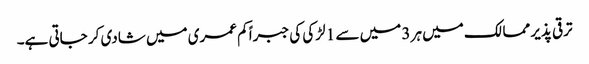
ترقی پذیر ممالک میں ہر 3 میں سے 1 لڑکی کی جبراً کم عمری میں شادی کر جاتی ہے۔